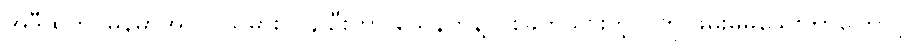
အဲဒီထဲက မြန်မာအလုပ်သမား ၁၄ ဦးဟာ သေနတ်နဲ့ ပစ်ခတ်သွားတဲ့သူကို ဖမ်းမမိသေးတာကြောင့်